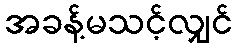
အခန့်မသင့်လျှင်